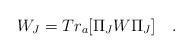
LaTeX: \begin{align*} W_J = Tr_a [\Pi_J W \Pi_J] \quad .\end{align*}